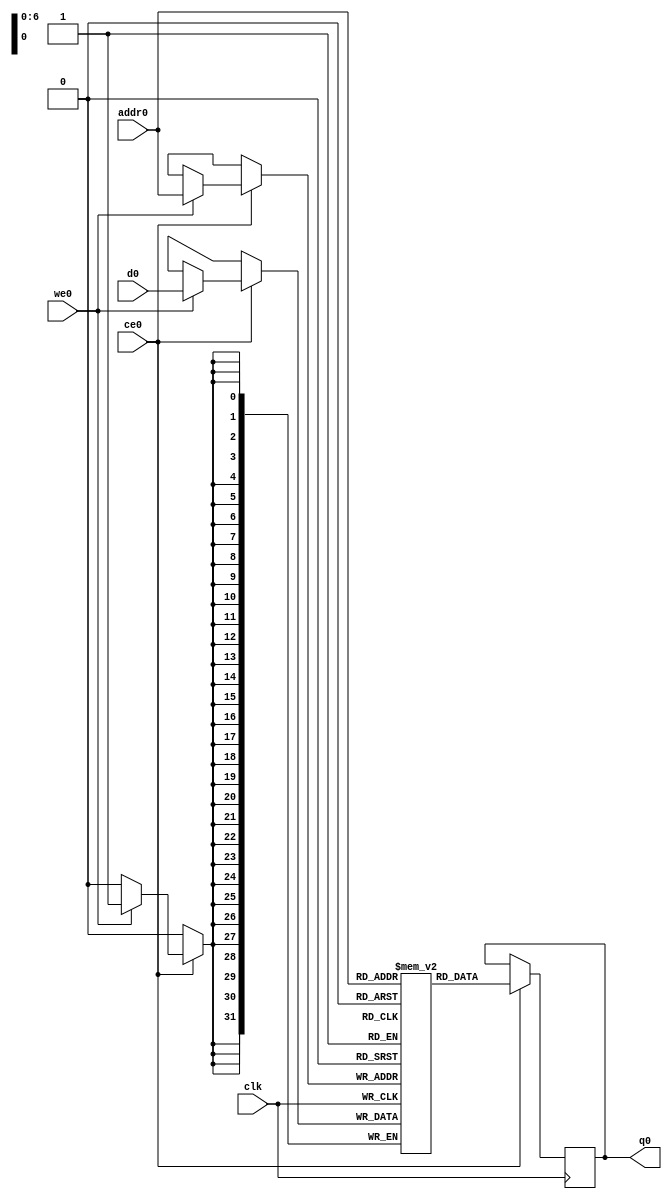
// ==============================================================
// Vivado(TM) HLS - High-Level Synthesis from C, C++ and SystemC v2019.1 (64-bit)
// Copyright 1986-2019 Xilinx, Inc. All Rights Reserved.
// ==============================================================
`timescale 1 ns / 1 ps
module Prediction_o_fc1_ram (addr0, ce0, d0, we0, q0,  clk);

parameter DWIDTH = 32;
parameter AWIDTH = 7;
parameter MEM_SIZE = 120;

input[AWIDTH-1:0] addr0;
input ce0;
input[DWIDTH-1:0] d0;
input we0;
output reg[DWIDTH-1:0] q0;
input clk;

(* ram_style = "block" *)reg [DWIDTH-1:0] ram[0:MEM_SIZE-1];




always @(posedge clk)  
begin 
    if (ce0) 
    begin
        if (we0) 
        begin 
            ram[addr0] <= d0; 
        end 
        q0 <= ram[addr0];
    end
end


endmodule

`timescale 1 ns / 1 ps
module Prediction_o_fc1(
    reset,
    clk,
    address0,
    ce0,
    we0,
    d0,
    q0);

parameter DataWidth = 32'd32;
parameter AddressRange = 32'd120;
parameter AddressWidth = 32'd7;
input reset;
input clk;
input[AddressWidth - 1:0] address0;
input ce0;
input we0;
input[DataWidth - 1:0] d0;
output[DataWidth - 1:0] q0;



Prediction_o_fc1_ram Prediction_o_fc1_ram_U(
    .clk( clk ),
    .addr0( address0 ),
    .ce0( ce0 ),
    .we0( we0 ),
    .d0( d0 ),
    .q0( q0 ));

endmodule